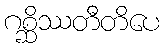
ဂစ္ဆိဿတီတိပေ